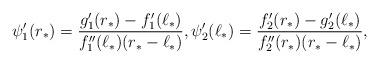
LaTeX: \begin{align*}\psi_{1}'(r_{*}) = \frac{g_{1}'(r_{*}) - f_{1}'(\ell_{*})}{f_{1}''(\ell_{*})(r_{*} - \ell_{*})}, \psi_{2}'(\ell_{*}) = \frac{f_{2}'(r_{*}) - g_{2}'(\ell_{*})}{f_{2}''(r_{*})(r_{*} - \ell_{*})},\end{align*}